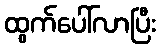
ထွက်ပေါ်လာပြီး